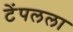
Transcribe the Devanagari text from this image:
टेंपलला